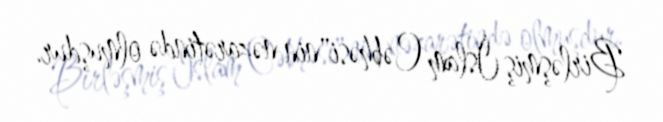
Birləşmiş İslam Cəbhəsi"nin nəzarətində olmuşdur.